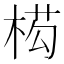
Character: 𭪡